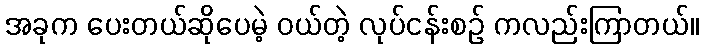
အခုက ပေးတယ်ဆိုပေမဲ့ ဝယ်တဲ့ လုပ်ငန်းစဉ် ကလည်းကြာတယ်။